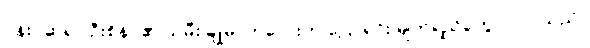
ပန်းပဲဆရာ ဦးစိန်ဝ၏ သမီး ချိုမာကလေးက ပြောရင်း မျက်ရည်တွေ ဝဲလာသည်။